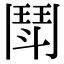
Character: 鬦